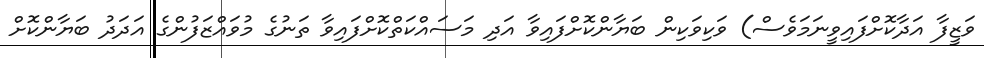
ވަޒީފާ އަދާކޮށްފައިވީނަމަވެސް) ވަކިވަކިން ބަޔާންކޮށްފައިވާ އަދި މަސައްކަތްކޮށްފައިވާ ތަނުގެ މުވައްޒަފުންގެ އަދަދު ބަޔާންކޮށް